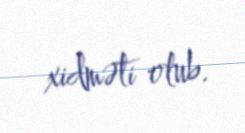
xidməti olub.